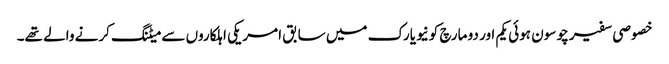
خصوصی سفیر چو سون ہوئی یکم اور دو مارچ کونیویارک میں سابق امریکی اہلکاروں سے میٹنگ کرنے والے تھے۔